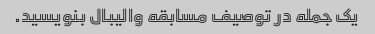
یک جمله در توصیف مسابقه والیبال بنویسید.